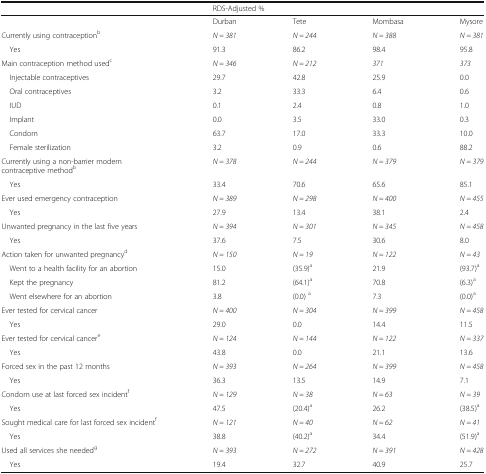
<table><thead><tr><td></td><td colspan="4"><b>RDS-Adjusted %</b></td></tr></thead><tbody><tr><td></td><td>Durban</td><td>Tete</td><td>Mombasa</td><td>Mysore</td></tr><tr><td>Currently using contraception<sup>b</sup></td><td><i>N = 381</i></td><td><i>N = 244</i></td><td><i>N = 388</i></td><td><i>N = 381</i></td></tr><tr><td> Yes</td><td>91.3</td><td>86.2</td><td>98.4</td><td>95.8</td></tr><tr><td>Main contraception method used<sup>c</sup></td><td><i>N = 346</i></td><td><i>N = 212</i></td><td><i>371</i></td><td><i>373</i></td></tr><tr><td> Injectable contraceptives</td><td>29.7</td><td>42.8</td><td>25.9</td><td>0.0</td></tr><tr><td> Oral contraceptives</td><td>3.2</td><td>33.3</td><td>6.4</td><td>0.6</td></tr><tr><td> IUD</td><td>0.1</td><td>2.4</td><td>0.8</td><td>1.0</td></tr><tr><td> Implant</td><td>0.0</td><td>3.5</td><td>33.0</td><td>0.3</td></tr><tr><td> Condom</td><td>63.7</td><td>17.0</td><td>33.3</td><td>10.0</td></tr><tr><td> Female sterilization</td><td>3.2</td><td>0.9</td><td>0.6</td><td>88.2</td></tr><tr><td>Currently using a non-barrier modern contraceptive method<sup>b</sup></td><td><i>N = 378</i></td><td><i>N = 244</i></td><td><i>N = 379</i></td><td><i>N = 379</i></td></tr><tr><td> Yes</td><td>33.4</td><td>70.6</td><td>65.6</td><td>85.1</td></tr><tr><td>Ever used emergency contraception</td><td><i>N = 389</i></td><td><i>N = 298</i></td><td><i>N = 400</i></td><td><i>N = 455</i></td></tr><tr><td> Yes</td><td>27.9</td><td>13.4</td><td>38.1</td><td>2.4</td></tr><tr><td>Unwanted pregnancy in the last five years</td><td><i>N = 394</i></td><td><i>N = 301</i></td><td><i>N = 345</i></td><td><i>N = 458</i></td></tr><tr><td> Yes</td><td>37.6</td><td>7.5</td><td>30.6</td><td>8.0</td></tr><tr><td>Action taken for unwanted pregnancy<sup>d</sup></td><td><i>N = 150</i></td><td><i>N = 19</i></td><td><i>N = 122</i></td><td><i>N = 43</i></td></tr><tr><td> Went to a health facility for an abortion</td><td>15.0</td><td>(35.9)<sup>a</sup></td><td>21.9</td><td>(93.7)<sup>a</sup></td></tr><tr><td> Kept the pregnancy</td><td>81.2</td><td>(64.1)<sup>a</sup></td><td>70.8</td><td>(6.3)<sup>a</sup></td></tr><tr><td> Went elsewhere for an abortion</td><td>3.8</td><td>(0.0) <sup>a</sup></td><td>7.3</td><td>(0.0)<sup>a</sup></td></tr><tr><td>Ever tested for cervical cancer</td><td><i>N = 400</i></td><td><i>N = 304</i></td><td><i>N = 399</i></td><td><i>N = 458</i></td></tr><tr><td> Yes</td><td>29.0</td><td>0.0</td><td>14.4</td><td>11.5</td></tr><tr><td>Ever tested for cervical cancer<sup>e</sup></td><td><i>N = 124</i></td><td><i>N = 144</i></td><td><i>N = 122</i></td><td><i>N = 337</i></td></tr><tr><td> Yes</td><td>43.8</td><td>0.0</td><td>21.1</td><td>13.6</td></tr><tr><td>Forced sex in the past 12 months</td><td><i>N = 393</i></td><td><i>N = 264</i></td><td><i>N = 399</i></td><td><i>N = 458</i></td></tr><tr><td> Yes</td><td>36.3</td><td>13.5</td><td>14.9</td><td>7.1</td></tr><tr><td>Condom use at last forced sex incident<sup>f</sup></td><td><i>N = 129</i></td><td><i>N = 38</i></td><td><i>N = 63</i></td><td><i>N = 39</i></td></tr><tr><td> Yes</td><td>47.5</td><td>(20.4)<sup>a</sup></td><td>26.2</td><td>(38.5)<sup>a</sup></td></tr><tr><td>Sought medical care for last forced sex incident<sup>f</sup></td><td><i>N = 121</i></td><td><i>N = 40</i></td><td><i>N = 62</i></td><td><i>N = 41</i></td></tr><tr><td> Yes</td><td>38.8</td><td>(40.2)<sup>a</sup></td><td>34.4</td><td>(51.9)<sup>a</sup></td></tr><tr><td>Used all services she needed<sup>g</sup></td><td><i>N = 393</i></td><td><i>N = 272</i></td><td><i>N = 391</i></td><td><i>N = 428</i></td></tr><tr><td> Yes</td><td>19.4</td><td>32.7</td><td>40.9</td><td>25.7</td></tr></tbody></table>